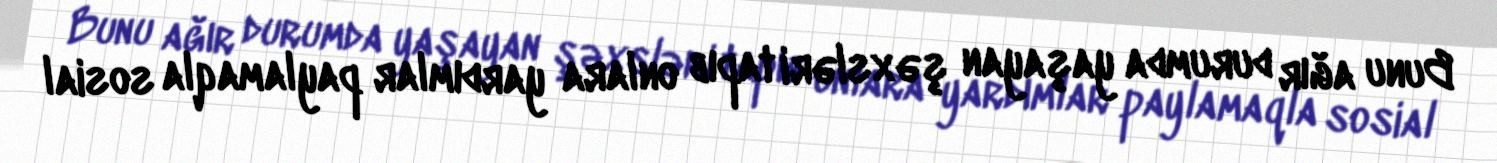
Bunu ağır durumda yaşayan şəxsləri tapıb onlara yardımlar paylamaqla sosial